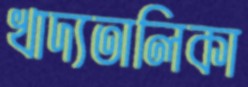
খাদ্যতালিকা